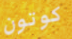
كوتون